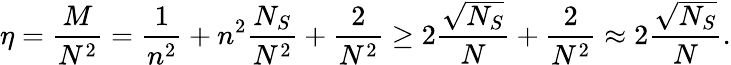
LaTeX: \eta=\frac{M}{N^{2}}=\frac{1}{n^{2}}+n^{2}\frac{N_{S}}{N^{2}}+\frac{2}{N^{2}}\geq 2\frac{\sqrt{N_{S}}}{N}+\frac{2}{N^{2}}\approx 2\frac{\sqrt{N_{S}}}{N}.